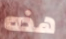
هذه